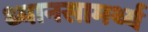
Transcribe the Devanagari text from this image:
ध्यानसामर्थ्य